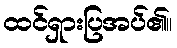
ထင်ရှားပြအပ်၏။